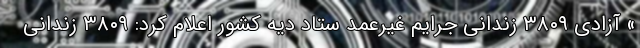
» آزادی ٣٨٠٩ زندانی جرایم غیرعمد ستاد دیه کشور اعلام کرد: ۳۸۰۹ زندانی